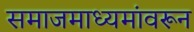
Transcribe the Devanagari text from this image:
समाजमाध्यमांवरून